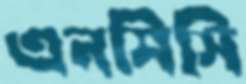
এনসিসি